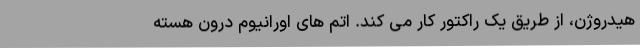
هیدروژن، از طریق یک راکتور کار می کند. اتم های اورانیوم درون هسته